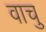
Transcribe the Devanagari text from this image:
वाचु